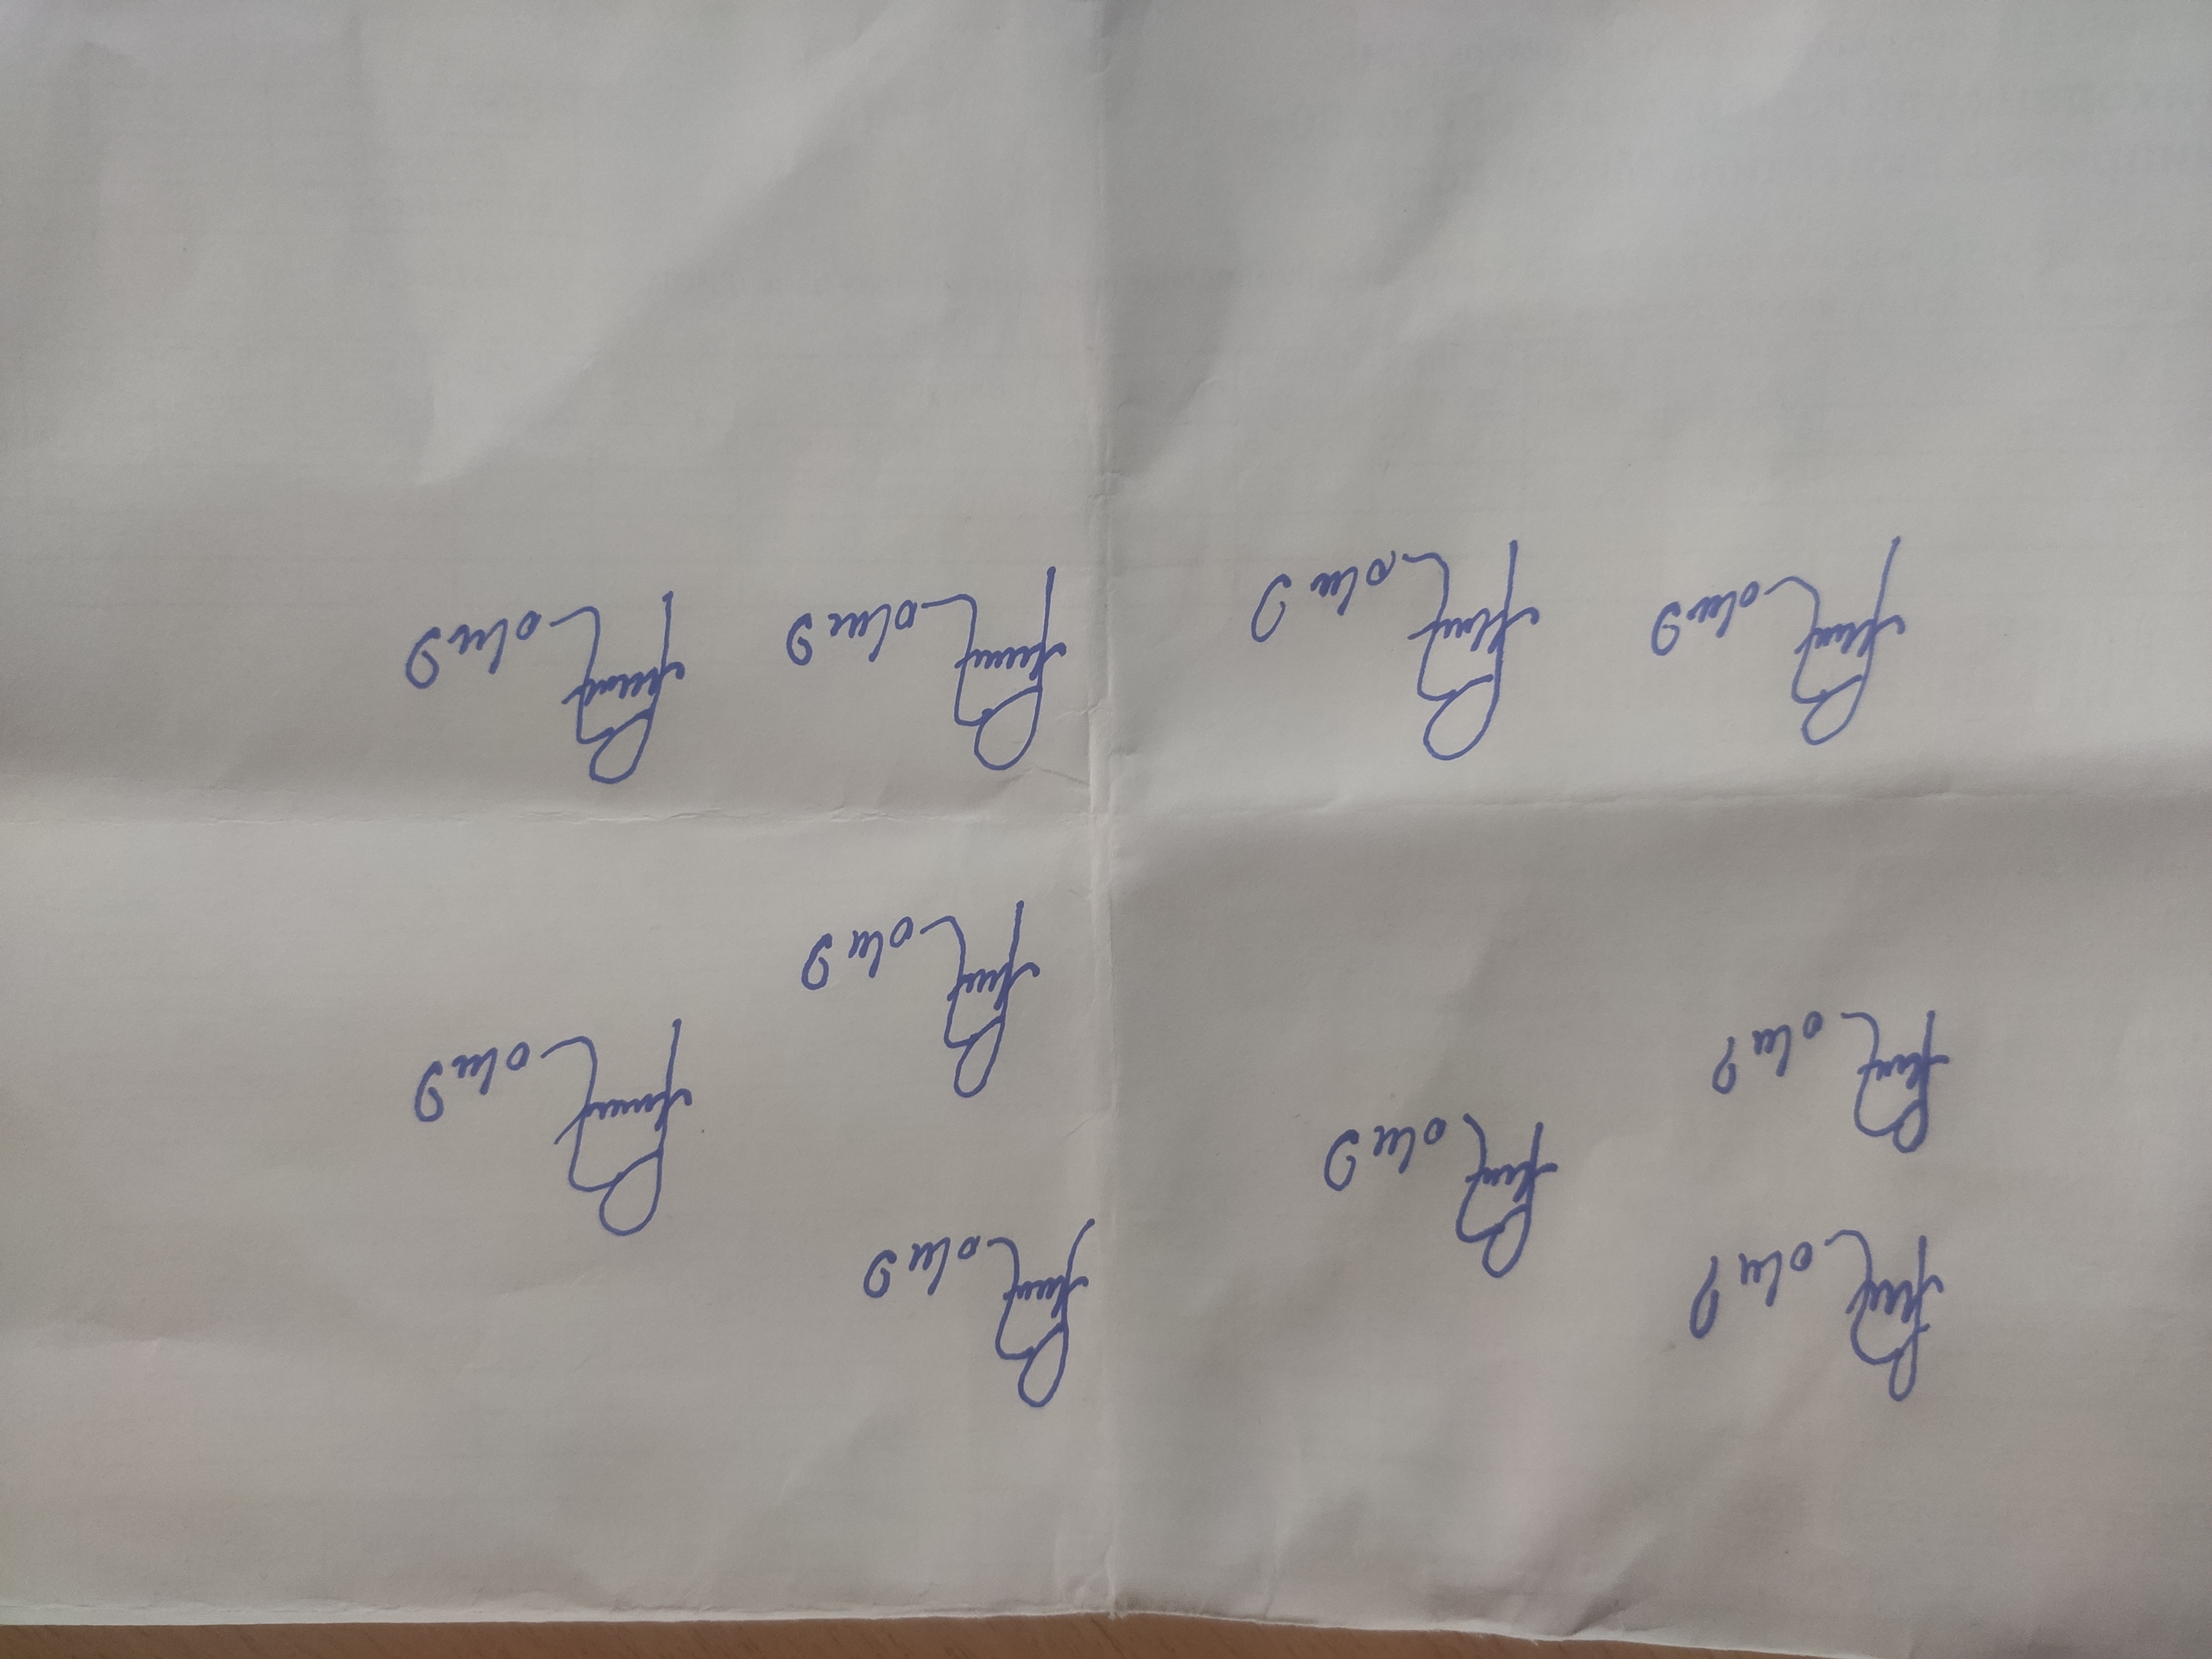
Signature authenticity: forged